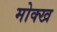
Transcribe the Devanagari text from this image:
मोक्ख